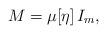
LaTeX: \begin{align*}M = \mu[\eta] \, I_m,\end{align*}